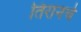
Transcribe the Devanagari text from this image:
तिरानचे